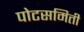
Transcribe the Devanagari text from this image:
पोटसमिती